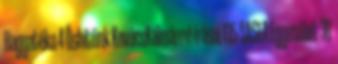
Hagyatéka 4 Őshitünk KovácsKálmánné írásai 135 SASFA Egyesület 38